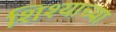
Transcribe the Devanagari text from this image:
शिश्याच्या